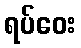
ရပ်ဝေး